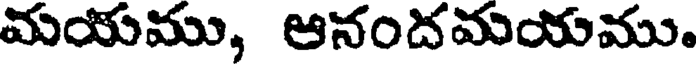
మయము, ఆనందమయము.